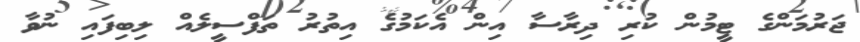
ޖަރުމަންގެ ޓީމުން ކުރި ދިރާސާ އިން އެކަމުގެ އިތުރު ތަފްސީލެއް ލިބިފައި ނުވާ